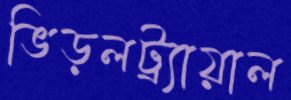
ভিড়লট্র্যায়াল